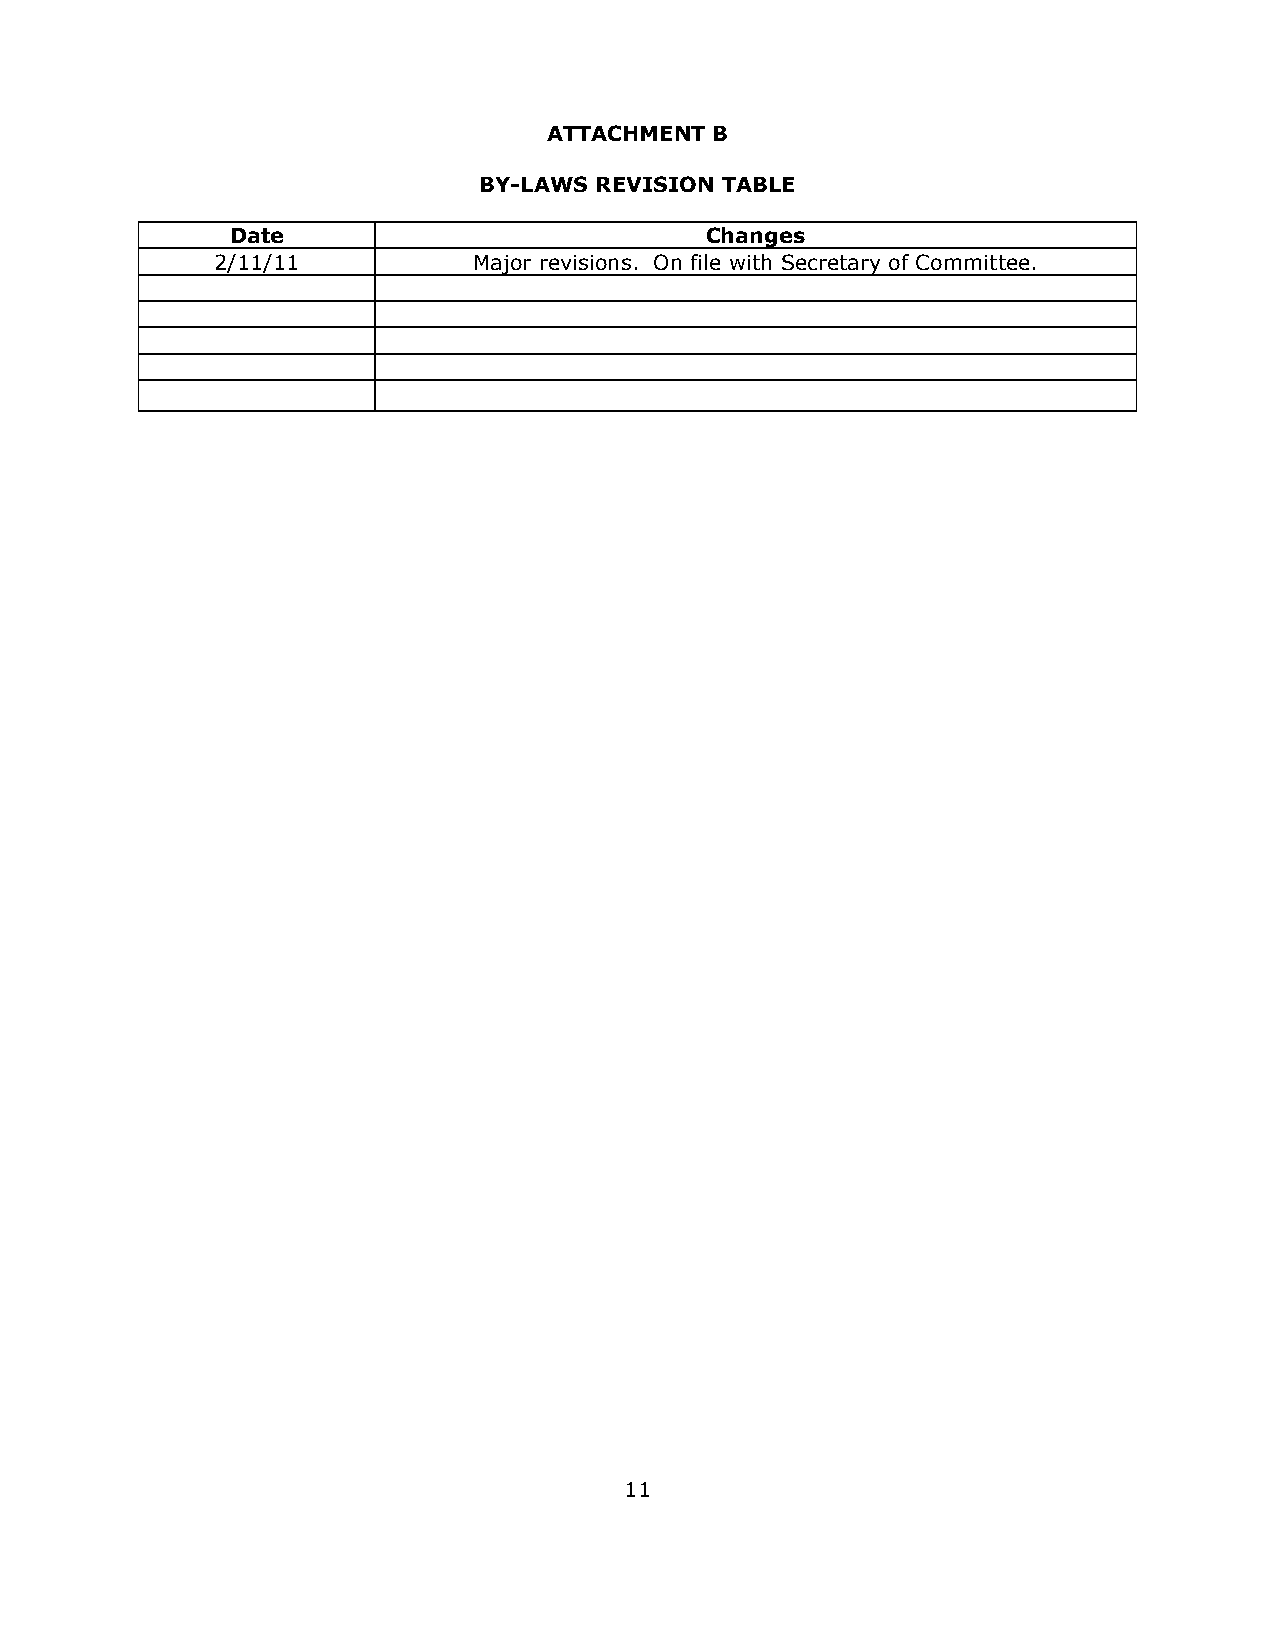
ATTACHMENT B
 BY-LAWS REVISION TABLE
 Date                            Changes
 2/11/11          Major revisions. On file with Secretary of Committee.
 11